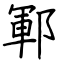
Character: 鄆